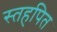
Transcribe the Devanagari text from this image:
स्तहपित